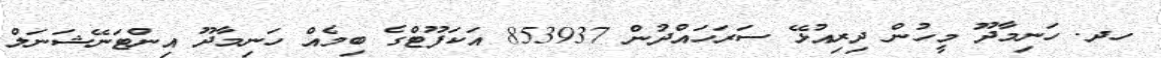
ހދ. ހަނިމާދޫ މީހުން ދިރިއުޅޭ ސަރަހައްދުން 853937 އަކަފޫޓްގެ ބިމެއް ހަނިމާދޫ އިންޓަނޭޝަނަލް